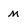
Character: m